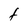
Character: F